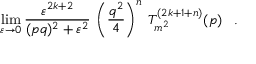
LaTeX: \operatorname * { l i m } _ { \varepsilon \rightarrow 0 } \frac { \varepsilon ^ { 2 k + 2 } } { ( p q ) ^ { 2 } + \varepsilon ^ { 2 } } \: \left( \frac { q ^ { 2 } } { 4 } \right) ^ { n } \: T _ { m ^ { 2 } } ^ { ( 2 k + 1 + n ) } ( p ) \; \; \; .